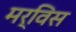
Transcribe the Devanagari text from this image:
मर्विस